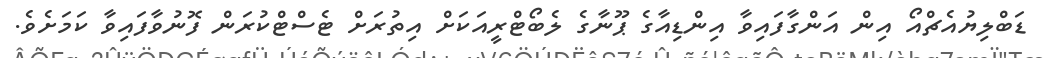
ޑަބްލިޔުއެޗްއޯ އިން އަންގާފައިވާ އިންޑިއާގެ ޕޫނާގެ ލެބޯޓްރީއަކަށް އިތުރަށް ޓެސްޓްކުރަން ފޮނުވާފައިވާ ކަމަށެވެ.